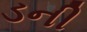
ડની